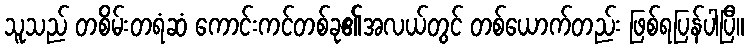
သူသည် တစိမ်းတရံဆံ ကောင်းကင်တစ်ခု၏အလယ်တွင် တစ်ယောက်တည်း ဖြစ်ရပြန်ပါပြီ။